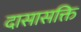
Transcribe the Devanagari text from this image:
दासासक्ति